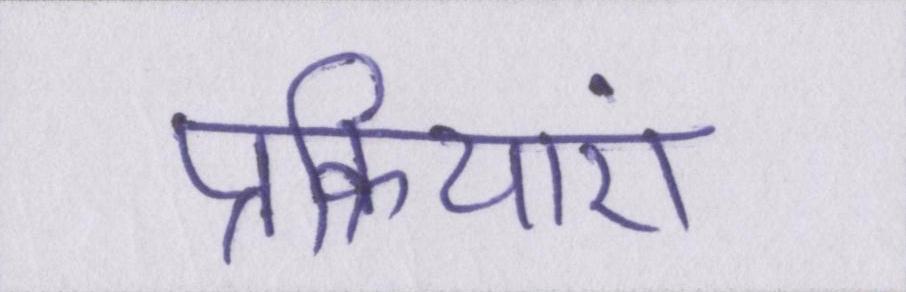
प्रक्रियाएं